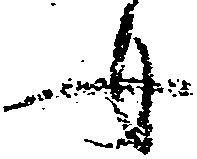
女